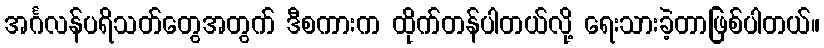
အင်္ဂလန်ပရိသတ်တွေအတွက် ဒီစကားက ထိုက်တန်ပါတယ်လို့ ရေးသားခဲ့တာဖြစ်ပါတယ်။